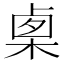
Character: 𣓨